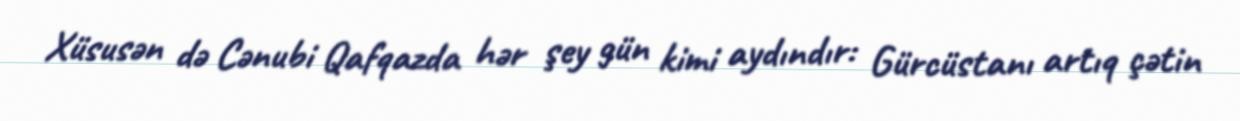
Xüsusən də Cənubi Qafqazda hər şey gün kimi aydındır: Gürcüstanı artıq çətin